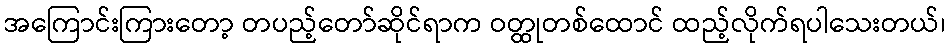
အကြောင်းကြားတော့ တပည့်တော်ဆိုင်ရာက ဝတ္ထုတစ်ထောင် ထည့်လိုက်ရပါသေးတယ်၊